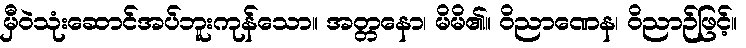
မှီဝဲသုံးဆောင်အပ်ဘူးကုန်သော။ အတ္တနော၊ မိမိ၏။ ဝိညာဏေန၊ ဝိညာဉ်ဖြင့်။